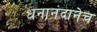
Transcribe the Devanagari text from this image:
धनानंदानेच